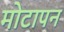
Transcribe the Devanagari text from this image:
मोटापन